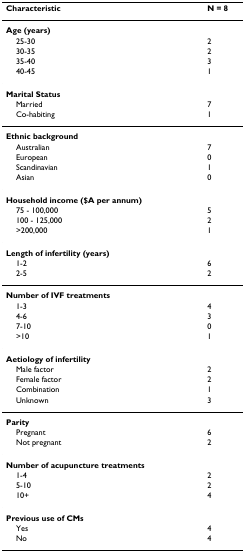
<table><thead><tr><td><b>Characteristic</b></td><td><b>N = 8</b></td></tr></thead><tbody><tr><td><b>Age (years)</b></td><td></td></tr><tr><td> 25-30</td><td>2</td></tr><tr><td> 30-35</td><td>2</td></tr><tr><td> 35-40</td><td>3</td></tr><tr><td> 40-45</td><td>1</td></tr><tr><td><b>Marital Status</b></td><td></td></tr><tr><td> Married</td><td>7</td></tr><tr><td> Co-habiting</td><td>1</td></tr><tr><td><b>Ethnic background</b></td><td></td></tr><tr><td> Australian</td><td>7</td></tr><tr><td> European</td><td>0</td></tr><tr><td> Scandinavian</td><td>1</td></tr><tr><td> Asian</td><td>0</td></tr><tr><td><b>Household income ($A per annum)</b></td><td></td></tr><tr><td> 75 - 100,000</td><td>5</td></tr><tr><td> 100 - 125,000</td><td>2</td></tr><tr><td> &gt;200,000</td><td>1</td></tr><tr><td><b>Length of infertility (years)</b></td><td></td></tr><tr><td> 1-2</td><td>6</td></tr><tr><td> 2-5</td><td>2</td></tr><tr><td><b>Number of IVF treatments</b></td><td></td></tr><tr><td> 1-3</td><td>4</td></tr><tr><td> 4-6</td><td>3</td></tr><tr><td> 7-10</td><td>0</td></tr><tr><td> &gt;10</td><td>1</td></tr><tr><td><b>Aetiology of infertility</b></td><td></td></tr><tr><td> Male factor</td><td>2</td></tr><tr><td> Female factor</td><td>2</td></tr><tr><td> Combination</td><td>1</td></tr><tr><td> Unknown</td><td>3</td></tr><tr><td><b>Parity</b></td><td></td></tr><tr><td> Pregnant</td><td>6</td></tr><tr><td> Not pregnant</td><td>2</td></tr><tr><td><b>Number of acupuncture treatments</b></td><td></td></tr><tr><td> 1-4</td><td>2</td></tr><tr><td> 5-10</td><td>2</td></tr><tr><td> 10+</td><td>4</td></tr><tr><td><b>Previous use of CMs</b></td><td></td></tr><tr><td> Yes</td><td>4</td></tr><tr><td> No</td><td>4</td></tr></tbody></table>